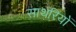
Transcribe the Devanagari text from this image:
साथरियों